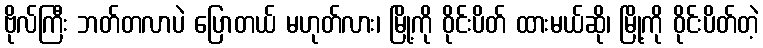
ဗိုလ်ကြီး ဘတ်တလာပဲ ပြောတယ် မဟုတ်လား၊ မြို့ကို ဝိုင်းပိတ် ထားမယ်ဆို၊ မြို့ကို ဝိုင်းပိတ်တဲ့